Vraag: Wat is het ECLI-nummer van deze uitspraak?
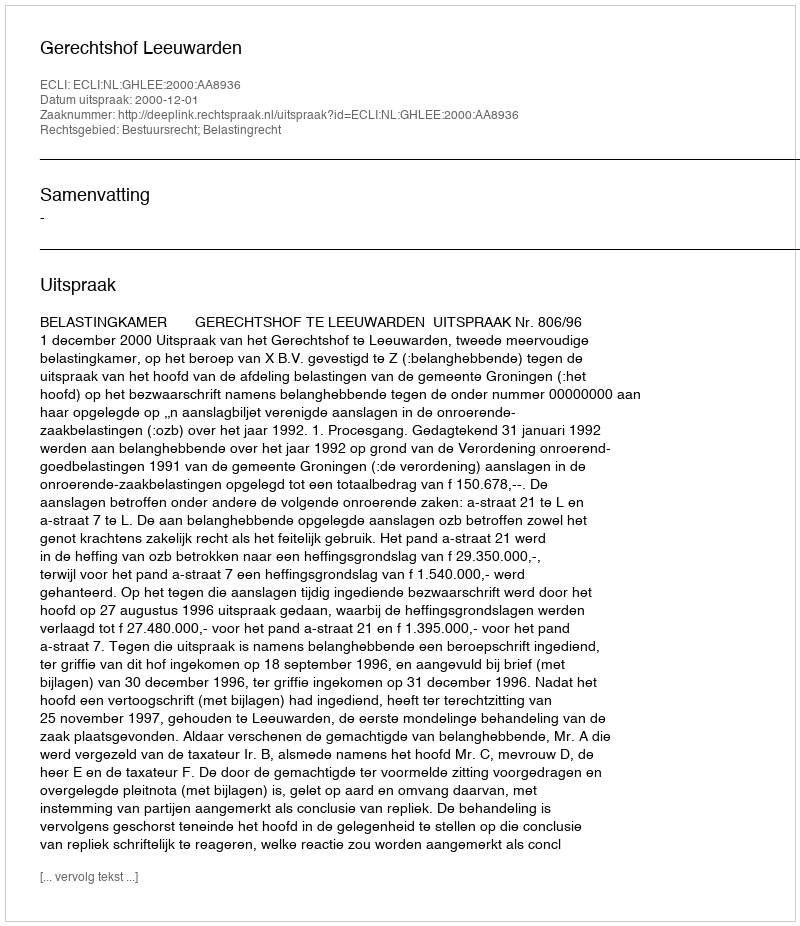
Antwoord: ECLI:NL:GHLEE:2000:AA8936